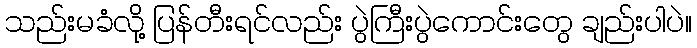
သည်းမခံလို့ ပြန်တီးရင်လည်း ပွဲကြီးပွဲကောင်းတွေ ချည်းပါပဲ။